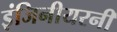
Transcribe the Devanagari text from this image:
इंजिनीयरनी